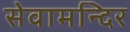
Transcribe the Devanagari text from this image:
सेवामन्दिर